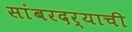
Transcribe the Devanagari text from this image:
सांबरदर्‍याची